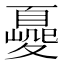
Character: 𡕿